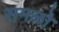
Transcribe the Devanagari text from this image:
समळो